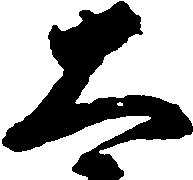
太